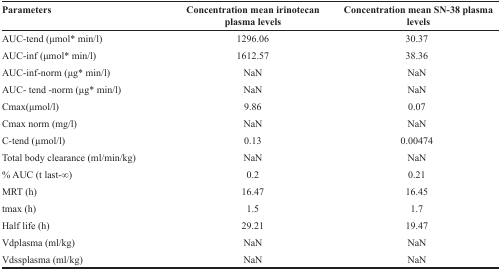
<table><thead><tr><td><b>Parameters</b></td><td><b>Concentration mean irinotecan plasma levels</b></td><td><b>Concentration mean SN-38 plasma levels</b></td></tr></thead><tbody><tr><td>AUC-tend (μmol* min/l)</td><td>1296.06</td><td>30.37</td></tr><tr><td>AUC-inf (μmol* min/l)</td><td>1612.57</td><td>38.36</td></tr><tr><td>AUC-inf-norm (μg* min/l)</td><td>NaN</td><td>NaN</td></tr><tr><td>AUC- tend -norm (μg* min/l)</td><td>NaN</td><td>NaN</td></tr><tr><td>Cmax(μmol/l)</td><td>9.86</td><td>0.07</td></tr><tr><td>Cmax norm (mg/l)</td><td>NaN</td><td>NaN</td></tr><tr><td>C-tend (μmol/l)</td><td>0.13</td><td>0.00474</td></tr><tr><td>Total body clearance (ml/min/kg)</td><td>NaN</td><td>NaN</td></tr><tr><td>% AUC (t last-∞)</td><td>0.2</td><td>0.21</td></tr><tr><td>MRT (h)</td><td>16.47</td><td>16.45</td></tr><tr><td>tmax (h)</td><td>1.5</td><td>1.7</td></tr><tr><td>Half life (h)</td><td>29.21</td><td>19.47</td></tr><tr><td>Vdplasma (ml/kg)</td><td>NaN</td><td>NaN</td></tr><tr><td>Vdssplasma (ml/kg)</td><td>NaN</td><td>NaN</td></tr></tbody></table>